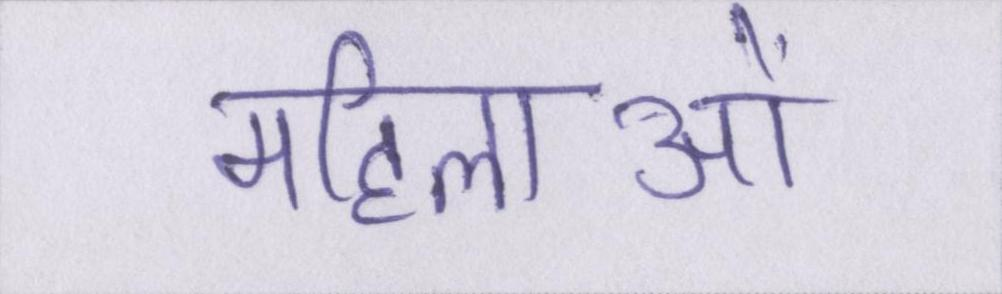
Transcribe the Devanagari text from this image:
महिलाओं